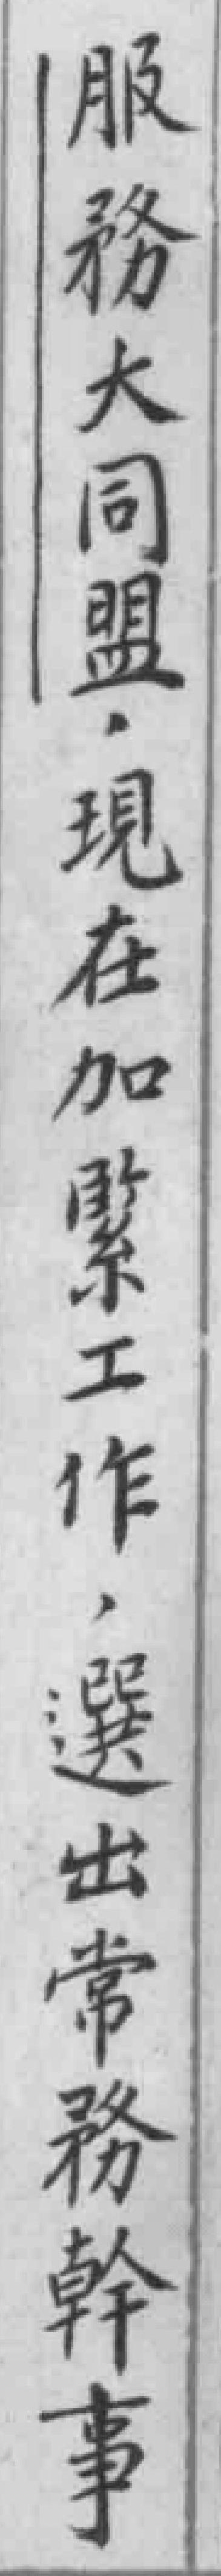
服務大同盟，現在加繫工作，選出常務幹事